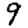
Digit: 9